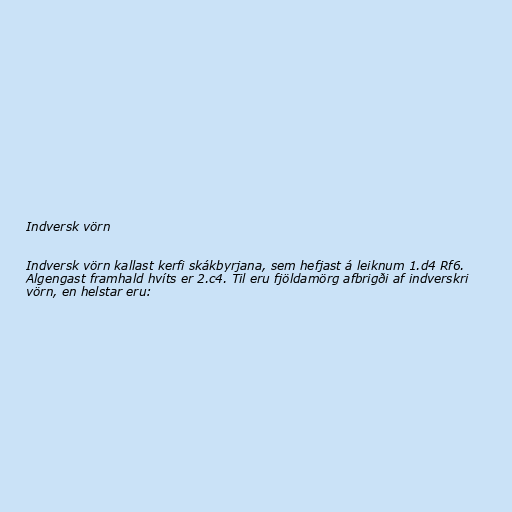
Indversk vörn

Indversk vörn kallast kerfi skákbyrjana, sem hefjast á leiknum 1.d4 Rf6.
Algengast framhald hvíts er 2.c4. Til eru fjöldamörg afbrigði af indverskri
vörn, en helstar eru: